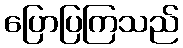
ပြောပြကြသည်